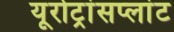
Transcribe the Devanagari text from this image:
यूरोट्रांसप्लांट